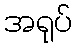
အရုပ်